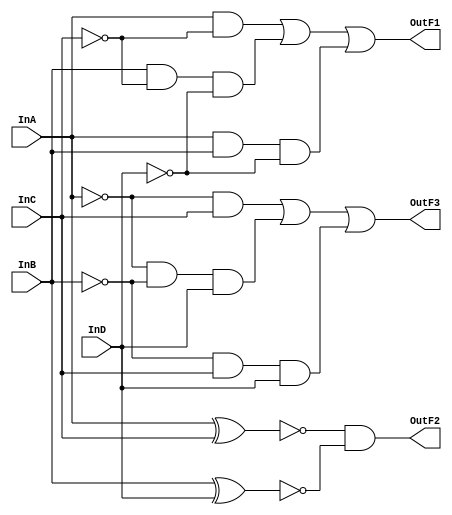
`timescale 1ns / 1ps

module twobit_comparator (InA, InB, InC, InD, OutF1, OutF2, OutF3);
    input InA, InB, InC, InD;
    output OutF1, OutF2, OutF3;

    assign OutF1 = (InA&(~InC))|(InB&(~InC)&(~InD))|(InA&InB&(~InD));
    assign OutF2 = (~(InA^InC)) & (~(InB^InD));
    assign OutF3 = ((~InA)&InC)|((~InA)&(~InB)&InD)|((~InB)&InC&InD);
    
endmodule